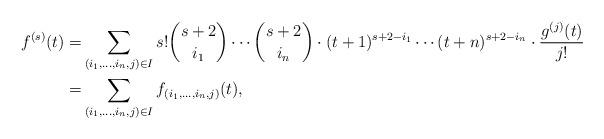
LaTeX: \begin{align*}f^{(s)}(t) =& \sum_{(i_1,\ldots,i_n,j) \in I} s!\binom{s+2}{i_1} \cdots \binom{s+2}{i_n} \cdot (t+1)^{s+2-i_1} \cdots (t+n)^{s+2-i_n} \cdot \frac{g^{(j)}(t)}{j!} \\=& \sum_{(i_1,\ldots,i_n,j) \in I} f_{(i_1,\ldots,i_n,j)}(t), \end{align*}